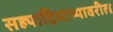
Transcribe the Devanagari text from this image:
सह्याद्रिमाथ्यावरील